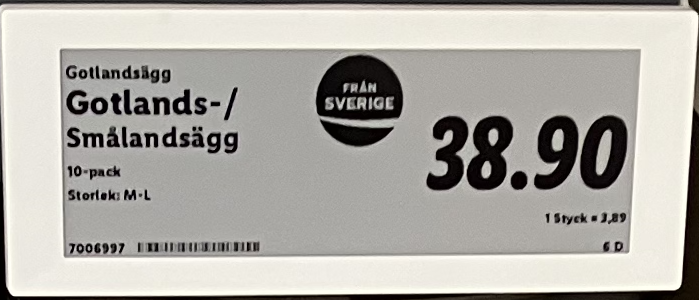
Vara: Gotlands-Smålandsägg
Genomsnittspris: 3.89 per st